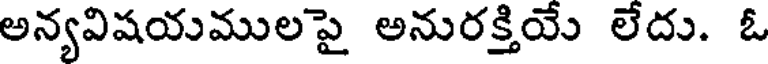
అన్యవిషయములపై అనురక్తియే లేదు. ఓ